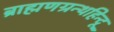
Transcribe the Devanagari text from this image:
ब्राह्मणग्रन्थहिन्दू